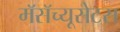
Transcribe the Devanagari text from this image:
मॅसॅच्यूसेटस